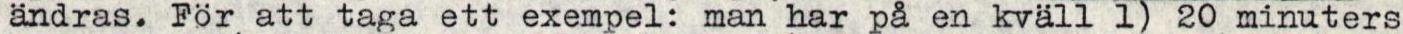
ändras. För att taga ett exempel: man har på en kväll 1) 20 minuters